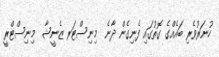
ހުނަރުވެރި ބައެއްގެ ގޮތުގައި ފެނިގެން ދާނެ  މިނިސްޓަރ ޒެނީޝާ  މިނިސްޓްރީ